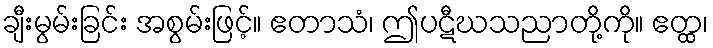
ချီးမွမ်းခြင်း အစွမ်းဖြင့်။ ဧတာသံ၊ ဤပဋီဃသညာတို့ကို။ ဧတ္ထ၊